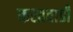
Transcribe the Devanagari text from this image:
कश्तवाडी